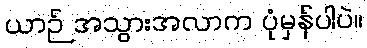
ယာဉ် အသွားအလာက ပုံမှန်ပါပဲ။